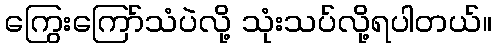
ကြွေးကြော်သံပဲလို့ သုံးသပ်လို့ရပါတယ်။